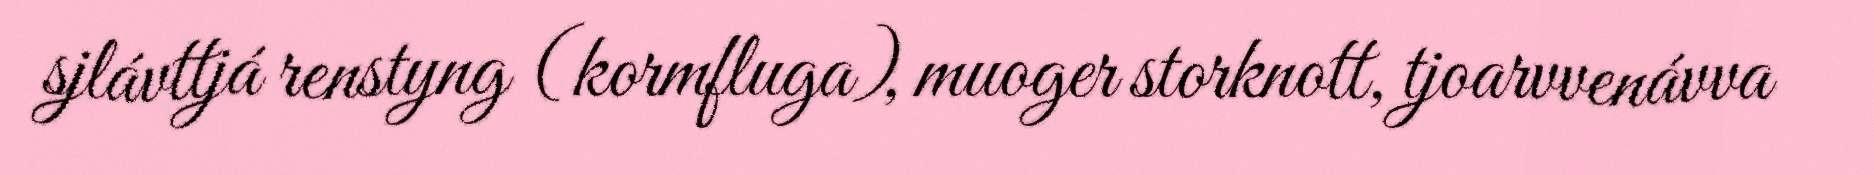
sjlávttjá renstyng (kormfluga), muoger storknott, tjoarvvenávva